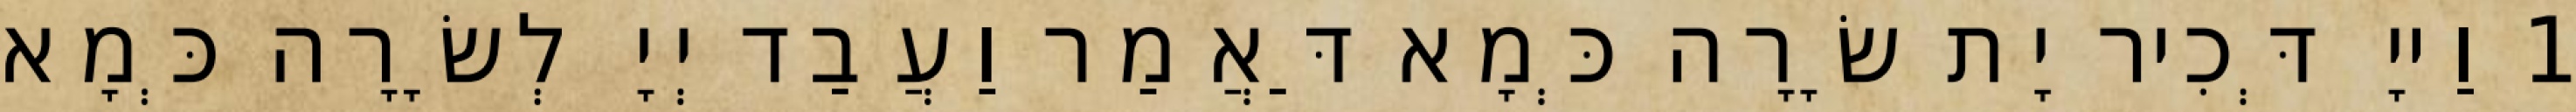
1 וַייָ דְּכִיר יָת שָׂרָה כְּמָא דַּאֲמַר וַעֲבַד יְיָ לְשָׂרָה כְּמָא